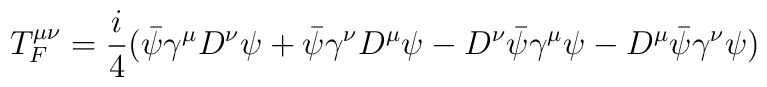
T^{\mu\nu}_F=\frac{i}{4}(\bar\psi\gamma^\mu D^\nu\psi+\bar\psi\gamma^\nu D^\mu\psi-D^\nu\bar\psi\gamma^\mu\psi-D^\mu\bar\psi\gamma^\nu\psi)